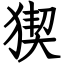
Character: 猰